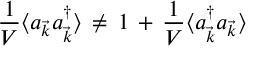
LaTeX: \frac { 1 } { V } \langle a _ { \vec { k } } a _ { \vec { k } } ^ { \dagger } \rangle \, \neq \, 1 \, + \, \frac { 1 } { V } \langle a _ { \vec { k } } ^ { \dagger } a _ { \vec { k } } \rangle